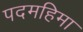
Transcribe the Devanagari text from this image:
पदमहिमा